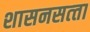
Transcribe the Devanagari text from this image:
शासनसत्‍ता